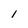
Character: 1